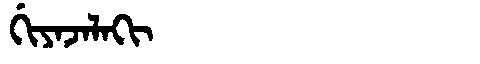
Manchu: ᡤᡳᠶᠠᠵᠠᠯᠠᡴᡳ
Romanization: GIYAJALAKI